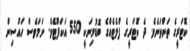
ކޮޓަރީގެ ތަންތަނެވެ. ދެ ކޮޓަރީގެ ފްލެޓެއްގެ ބޮޑުމިނަކީ 550 އަކަފޫޓެވެ. ނަމަވެސް ހައުސިން